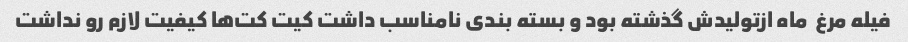
فیله مرغ  ماه ازتولیدش گذشته بود و بسته بندی نامناسب داشت کیت کت‌ها کیفیت لازم رو نداشت